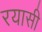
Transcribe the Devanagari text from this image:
रयासी